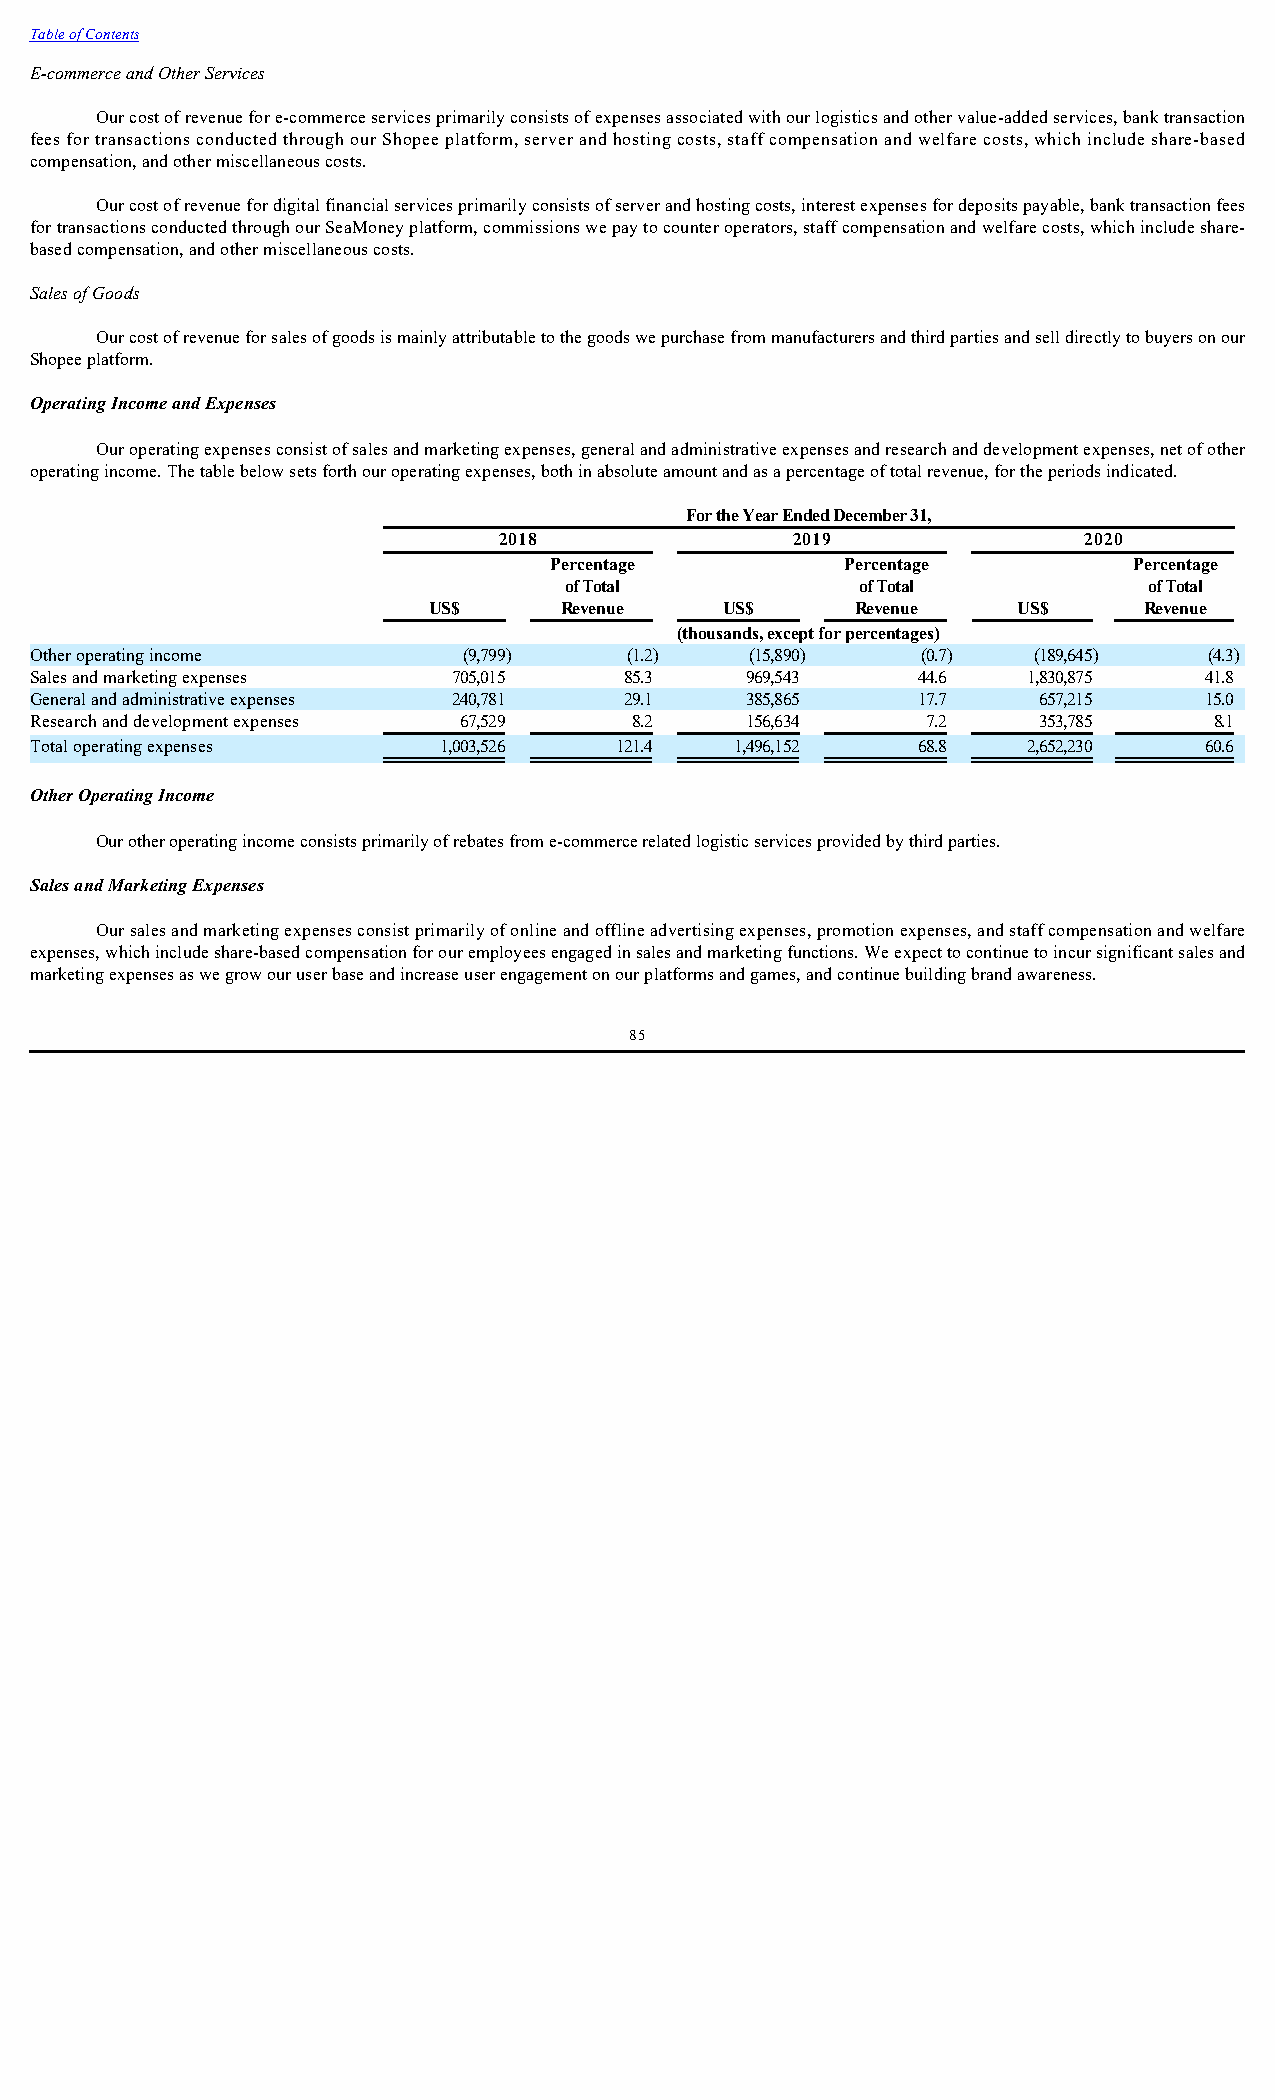
Table of Contents
 E-commerce and Other Services
 Our cost of revenue for e-commerce services primarily consists of expenses associated with our logistics and other value-added services, bank transaction
 fees for transactions conducted through our Shopee platform, server and hosting costs, staff compensation and welfare costs, which include share-based
 compensation, and other miscellaneous costs.
 Our cost of revenue for digital financial services primarily consists of server and hosting costs, interest expenses for deposits payable, bank transaction fees
 for transactions conducted through our SeaMoney platform, commissions we pay to counter operators, staff compensation and welfare costs, which include share-
 based compensation, and other miscellaneous costs.
 Sales of Goods
 Our cost of revenue for sales of goods is mainly attributable to the goods we purchase from manufacturers and third parties and sell directly to buyers on our
 Shopee platform.
 Operating Income and Expenses
 Our operating expenses consist of sales and marketing expenses, general and administrative expenses and research and development expenses, net of other
 operating income. The table below sets forth our operating expenses, both in absolute amount and as a percentage of total revenue, for the periods indicated.
 For the Year Ended December 31,
 2018               2019                2020
 Percentage          Percentage         Percentage
 of Total            of Total           of Total
 US$      Revenue    US$      Revenue   US$      Revenue
 (thousands, except for percentages)
 Other operating income       (9,799)   (1.2)    (15,890)   (0.7)  (189,645)   (4.3)
 Sales and marketing expenses 705,015   85.3    969,543     44.6   1,830,875   41.8
 General and administrative expenses 240,781 29.1 385,865   17.7    657,215    15.0
 Research and development expenses 67,529 8.2   156,634     7.2     353,785    8.1
 Total operating expenses   1,003,526   121.4   1,496,152   68.8   2,652,230   60.6
 Other Operating Income
 Our other operating income consists primarily of rebates from e-commerce related logistic services provided by third parties.
 Sales and Marketing Expenses
 Our sales and marketing expenses consist primarily of online and offline advertising expenses, promotion expenses, and staff compensation and welfare
 expenses, which include share-based compensation for our employees engaged in sales and marketing functions. We expect to continue to incur significant sales and
 marketing expenses as we grow our user base and increase user engagement on our platforms and games, and continue building brand awareness.
 85